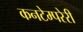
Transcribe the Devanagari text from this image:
कनटेम्परेरी